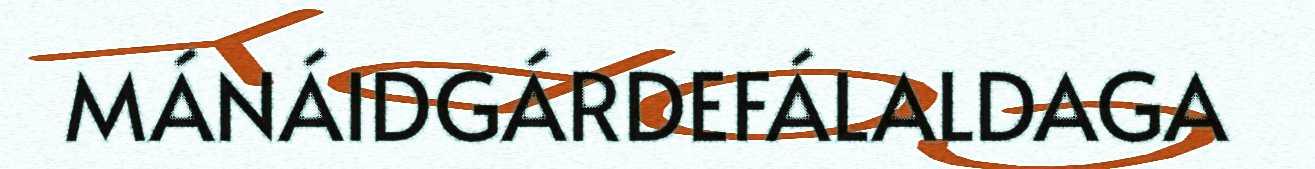
MÁNÁIDGÁRDEFÁLALDAGA